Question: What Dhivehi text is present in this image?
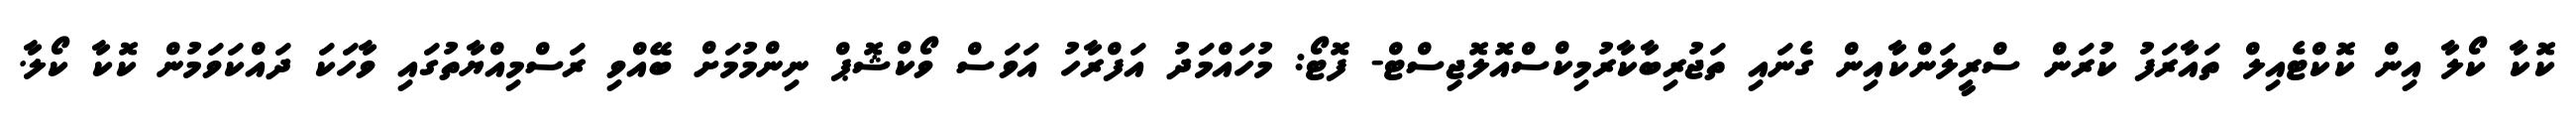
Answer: ކޮކާ ކޯލާ އިން ކޮކްޓެއިލް ތައާރަފު ކުރަން ސްރީލަންކާއިން ގެނައި ތަޖުރިބާކާރުމިކްސްއޮލޮޖިސްޓް- ފޮޓޯ: މުހައްމަދު އަފްރާހު އަވަސް ވޯކްޝޮޕް ނިންމުމަށް ބޭއްވި ރަސްމިއްޔާތުގައި ވާހަކަ ދައްކަވަމުން ކޮކާ ކޯލާ.